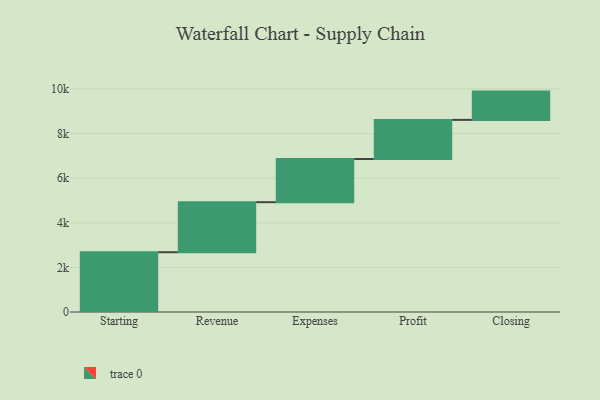
{"axis": {"x": "Step", "y": "Value"}, "legend": [""], "data": [{"x": "Starting", "y": 2680.0, "type": ""}, {"x": "Revenue", "y": 2244.0, "type": ""}, {"x": "Expenses", "y": 1935.0, "type": ""}, {"x": "Profit", "y": 1754.0, "type": ""}, {"x": "Closing", "y": 1268.0, "type": ""}]}